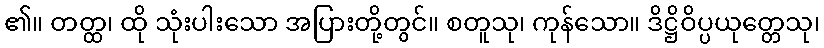
၏။ တတ္ထ၊ ထို သုံးပါးသော အပြားတို့တွင်။ စတူသု၊ ကုန်သော။ ဒိဋ္ဌိဝိပ္ပယုတ္တေသု၊